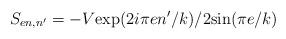
LaTeX: \begin{align*}S_{en,n'}=-V\mbox{exp}(2i\pi en'/k)/2\mbox{sin}(\pi e/k)\end{align*}